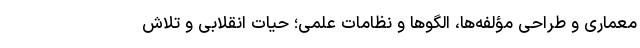
معماری و طراحی مؤلفه‌ها، الگوها و نظامات علمی؛ حیات انقلابی و تلاش